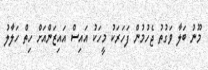
މޫނު ބަލާ ވަގުތު ޖެހުމުން ފަހަރަކު މީހަކު އައިސް އައިޒަންއަށް ހިތް ހަލާލު